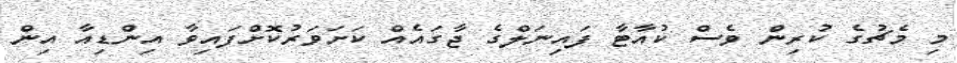
މި މެޗުގެ ކުރިން ވެސް ކުއާޓާ ފައިނަލްގެ ޖާގައެއް ކަށަވަރުކޮށްފައިވާ އިންޑިއާ އިން